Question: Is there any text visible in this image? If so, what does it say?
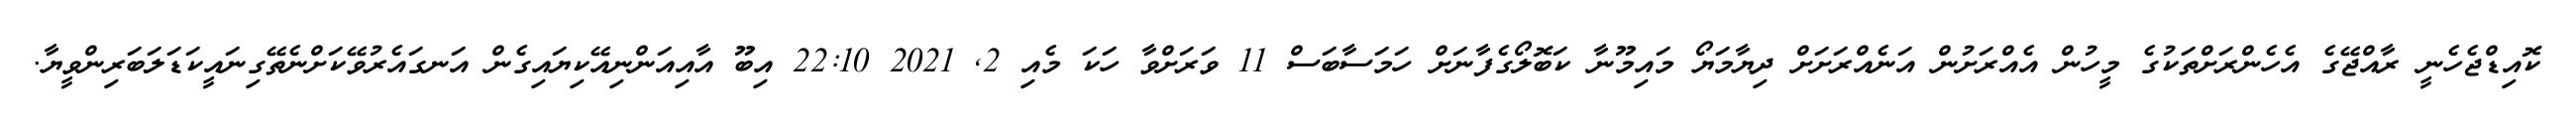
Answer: ކޮއިޑްޖެހެނީ ރާއްޖޭގެ އެހެންރަށްތަކުގެ މީހުން އެއްރަށުން އަނެއްރަށަށް ދިޔާމަޔޯ މައިމޫނާ ކަބޮލޯގެފާނަށް ހަމަސާބަސް 11 ވަރަށްވާ ހަކަ މެއި 2, 2021 22:10 އިބޫ އާއިއަންނިއޭކިޔައިގެން އަނގައެރުވޭކަށްނެތޭގިނައީކަޑަލަބަރިންވީޔާ.